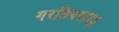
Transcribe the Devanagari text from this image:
गरतियरहाडु